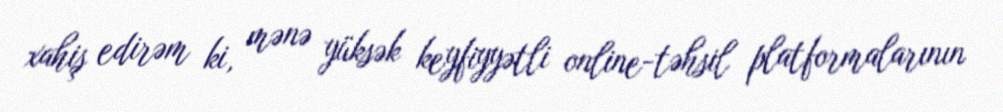
xahiş edirəm ki, mənə yüksək keyfiyyətli online-təhsil platformalarının